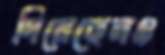
দিয়েছেনও